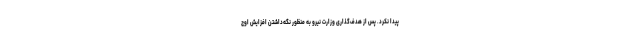
پیدا نکرد. پس از هدف‌گذاری وزارت نیرو به منظور نگه‌داشتن افزایش اوج